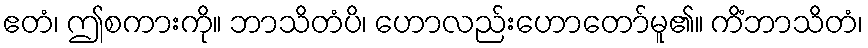
ဧတံ၊ ဤစကားကို။ ဘာသိတံပိ၊ ဟောလည်းဟောတော်မူ၏။ ကိံဘာသိတံ၊